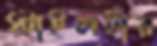
স্টাইলটার